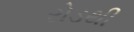
રોડથી